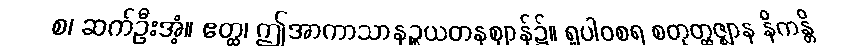
စ၊ ဆက်ဦးအံ့။ ဧတ္ထ၊ ဤအာကာသာနဉ္စယတနဈာန်၌။ ရူပါဝစရ စတုတ္ထဇ္ဈာန နိကန္တိ